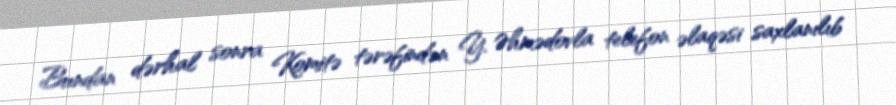
Bundan dərhal sonra Komitə tərəfindən Y. Əhmədovla telefon əlaqəsi saxlanılıb